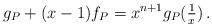
LaTeX: \begin{align*}g_{P} + (x-1)f_{P} = x^{n+1}g_{P} (\tfrac 1 x) \, .\end{align*}